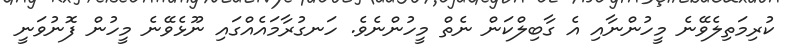
ކުރިމަތިލެވޭނެ މީހުންނާއި އެ ގާބިލްކަން ނެތް މީހުންނެވެ. ހަނގުރާމައެއްގައި ނޫޅެވޭނެ މީހުން ފޮނުވަނީ